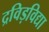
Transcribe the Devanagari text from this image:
द्रविड़विद्या